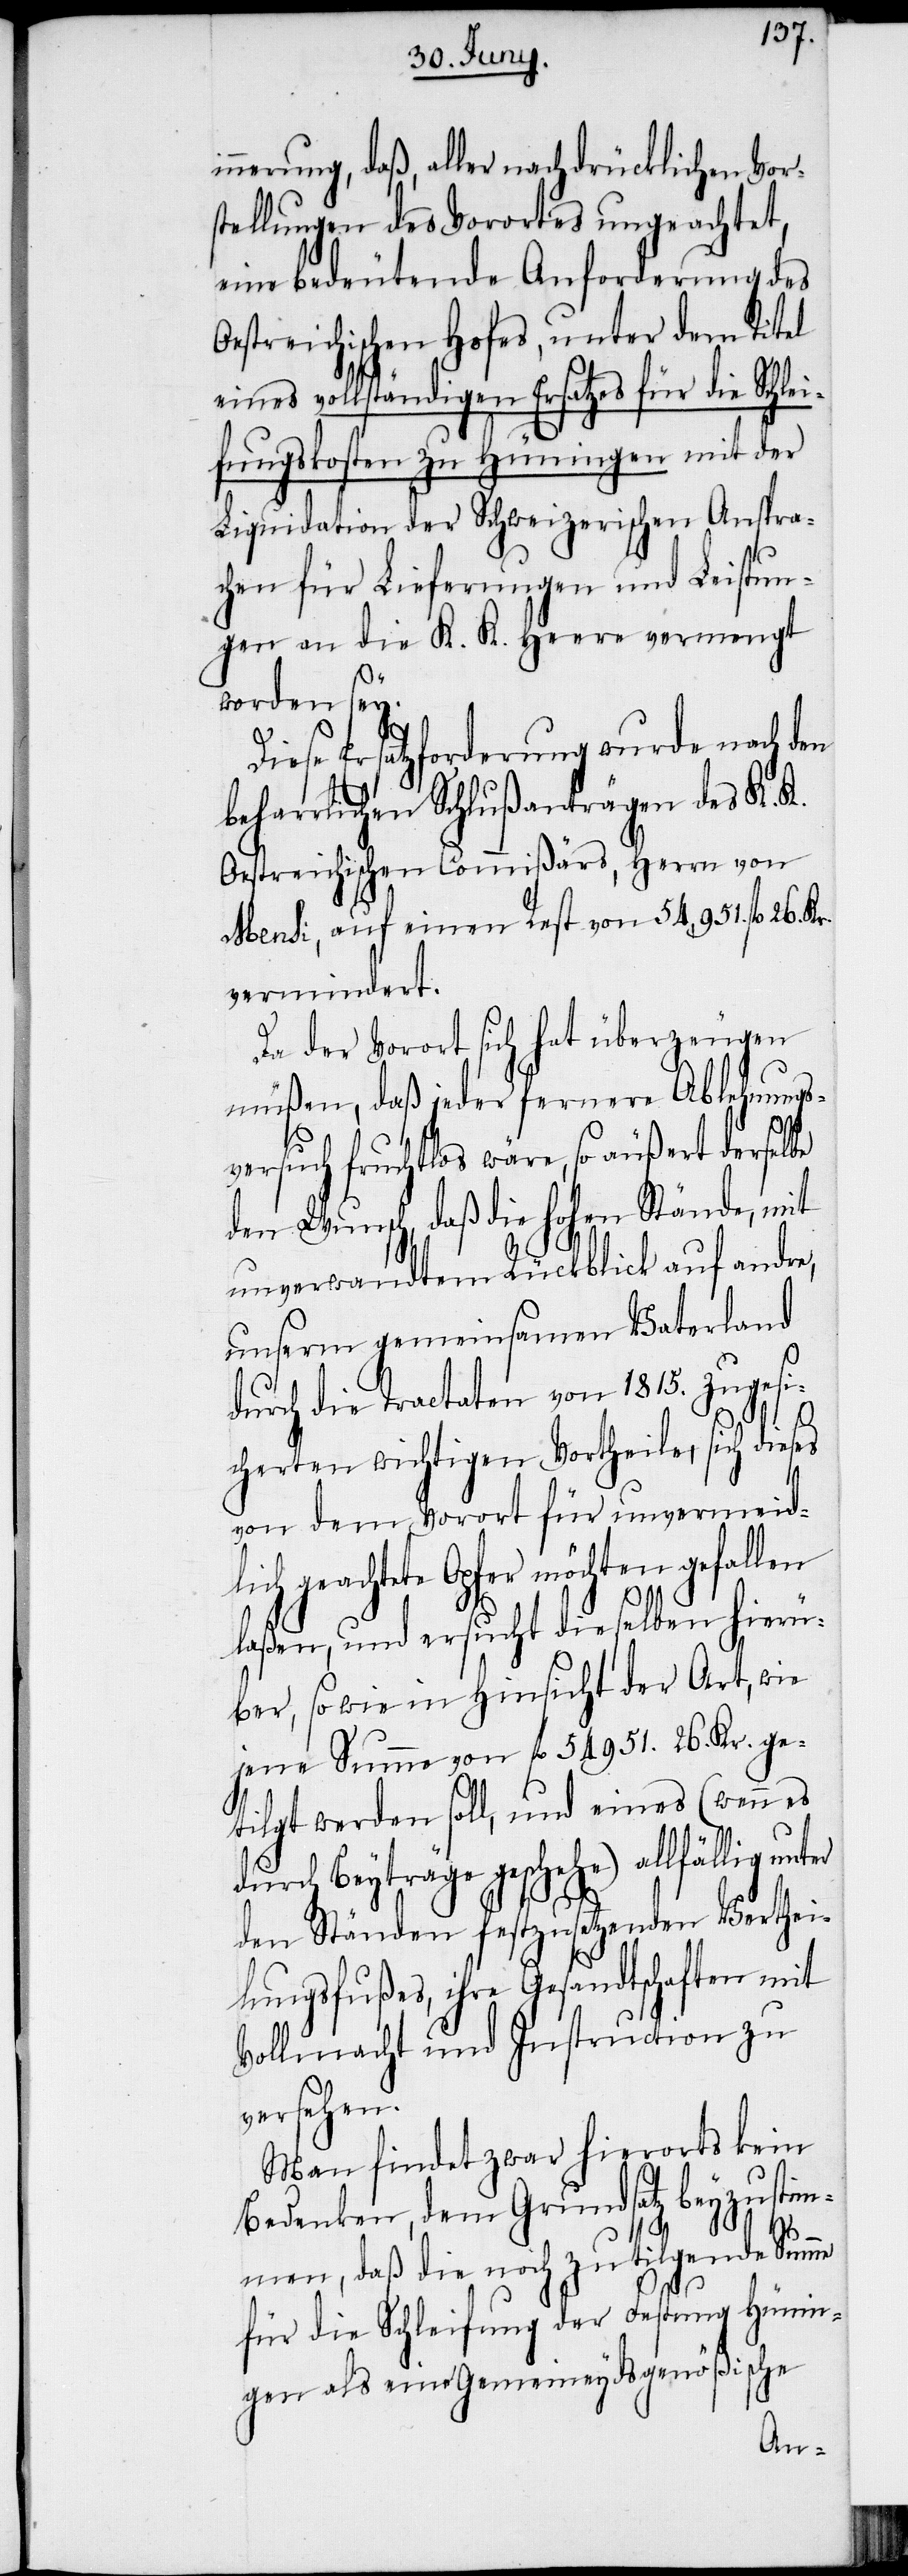
nnerung, daß, aller nachdrücklichen Vor¬
stellungen des Vorortes ungeachtet,
eine bedeutende Anforderung des
Oestreichischen Hofes, unter dem Titel
eines vollständigen Ersatzes für die Schlei¬
fungskosten zu Hüningen mit der
Liquidaton der Schweizerischen Anspra¬
chen für Lieferungen und Leistun¬
gen an die K. K. Heere vermengt
worden sey.
Diese Ersatzforderung wurde nach den
beharrlichen Schlußanträgen des K. K.
Oestreichischen Commißärs, Herrn von
Mensi, auf einen Rest von 54,951. fl 26. Kr.
vermindert.
Da der Vorort sich hat überzeugen
müßen, daß jeder fernere Ablehnungs¬
versuch fruchtlos wäre, so äußert derselbe
den Wunsch, daß die hohen Stände, mit
unverwandtem Rückblick auf andre,
unserm gemeinsamen Vaterland
durch die Tractaten von 1815. zugesi¬
i¬
cherten wichtigen Vortheile, sich dieses
von dem Vorort für unvermeidli¬
ch geachtete Opfer möchten gefallen
laßen, und ersucht dieselben hierü¬
ber, so wie in Hinsicht der Art, wie
jene Summe von fl 54951. 26. Kr. ge¬
tilgt werden soll, und eines (wenn es
durch Beyträge geschehe) allfällig
den Ständen festzusetzenden Verthei¬
lungsfußes, ihre Gesandtschaften mit
Vollmacht und Instruction zu
versehen.
Man findet zwar hierorts kein
Bedenken, dem Grundsatz beyzustim¬
men, daß die noch zu tilgende Summe
für die Schleifung der Festung Hünin¬
gen als eine Gemeineydsgenößische